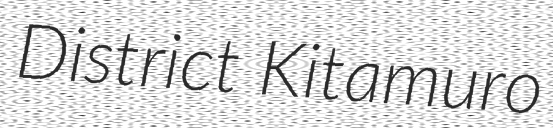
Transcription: District  Kitamuro